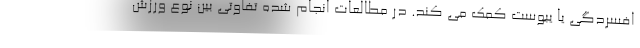
افسردگی یا یبوست کمک می کند. در مطالعات انجام شده تفاوتی بین نوع ورزش